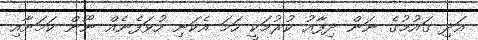
އަދި ގައުމުގެ ނަން ދިފާއު ކުރުމަކީ ހަމަ އެކަނި ހުވަފެނެއް ނޫން ކަމަށާއި